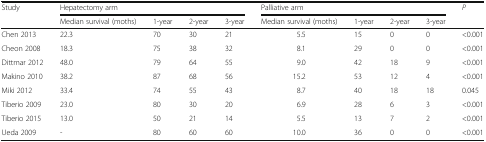
<table><thead><tr><td rowspan="2"><b>Study</b></td><td colspan="4"><b>Hepatectomy arm</b></td><td colspan="4"><b>Palliative arm</b></td><td rowspan="2"><b><i>P</i></b></td></tr><tr><td><b>Median survival (moths)</b></td><td><b>1-year</b></td><td><b>2-year</b></td><td><b>3-year</b></td><td><b>Median survival (moths)</b></td><td><b>1-year</b></td><td><b>2-year</b></td><td><b>3-year</b></td></tr></thead><tbody><tr><td>Chen 2013</td><td>22.3</td><td>70</td><td>30</td><td>21</td><td>5.5</td><td>15</td><td>0</td><td>0</td><td>&lt;0.001</td></tr><tr><td>Cheon 2008</td><td>18.3</td><td>75</td><td>38</td><td>32</td><td>8.1</td><td>29</td><td>0</td><td>0</td><td>&lt;0.001</td></tr><tr><td>Dittmar 2012</td><td>48.0</td><td>79</td><td>64</td><td>55</td><td>9.0</td><td>42</td><td>18</td><td>9</td><td>&lt;0.001</td></tr><tr><td>Makino 2010</td><td>38.2</td><td>87</td><td>68</td><td>56</td><td>15.2</td><td>53</td><td>12</td><td>4</td><td>&lt;0.001</td></tr><tr><td>Miki 2012</td><td>33.4</td><td>74</td><td>55</td><td>43</td><td>8.7</td><td>40</td><td>18</td><td>18</td><td>0.045</td></tr><tr><td>Tiberio 2009</td><td>23.0</td><td>80</td><td>30</td><td>20</td><td>6.9</td><td>28</td><td>6</td><td>3</td><td>&lt;0.001</td></tr><tr><td>Tiberio 2015</td><td>13.0</td><td>50</td><td>21</td><td>14</td><td>5.5</td><td>13</td><td>7</td><td>2</td><td>&lt;0.001</td></tr><tr><td>Ueda 2009</td><td>-</td><td>80</td><td>60</td><td>60</td><td>10.0</td><td>36</td><td>0</td><td>0</td><td>&lt;0.001</td></tr></tbody></table>